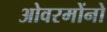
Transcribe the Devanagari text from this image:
ओवरमोंनो